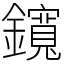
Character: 鑧